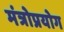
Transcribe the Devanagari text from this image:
मंत्रोप्रयोग